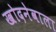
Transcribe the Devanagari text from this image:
खोदनेवाला